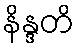
နိန္ဒတိ